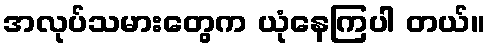
အလုပ်သမားတွေက ယုံနေကြပါ တယ်။